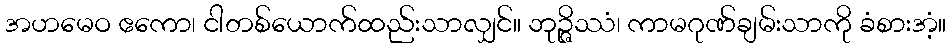
အဟမေဝ ဧကော၊ ငါတစ်ယောက်ထည်းသာလျှင်။ ဘုဉ္ဇိဿံ၊ ကာမဂုဏ်ချမ်းသာကို ခံစားအံ့။